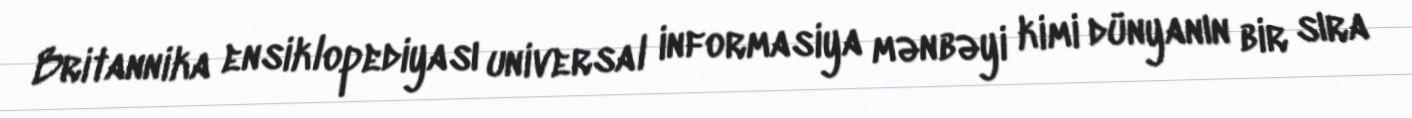
Britannika ensiklopediyası universal informasiya mənbəyi kimi dünyanın bir sıra